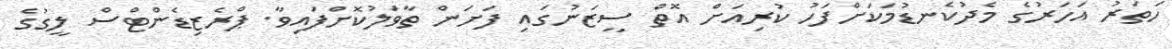
ހަތަރު އަހަރުގެ މެދުކެނޑުމަކަށްފަހު ކުރިއަށް އޮތް ސީޒަނުގައި ފަށަން ތާވަލުކޮށްފައިވާ. ޕްރެޒިޑެންޓްސް ލީގުގެ